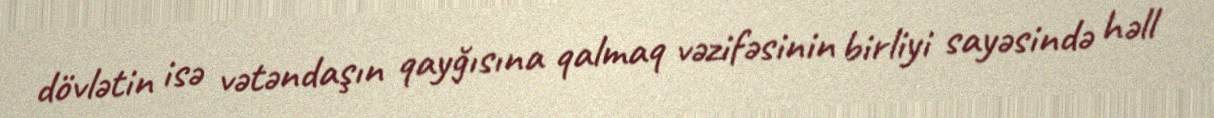
dövlətin isə vətəndaşın qayğısına qalmaq vəzifəsinin birliyi sayəsində həll